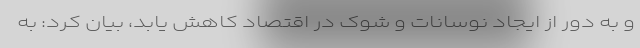
و به دور از ایجاد نوسانات و شوک در اقتصاد کاهش یابد، بیان کرد: به